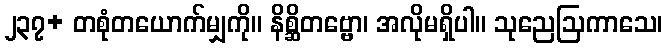
၂၃၇+ တစုံတယောက်မျှကို။ နိစ္ဆိတဗ္ဗော၊ အလိုမရှိပါ။ သုညေဩကာသေ၊